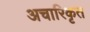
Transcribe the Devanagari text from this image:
अचारिकृत